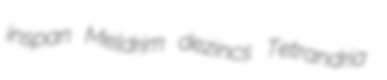
inspan Meldrim dezincs Tetrandria